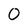
Character: O